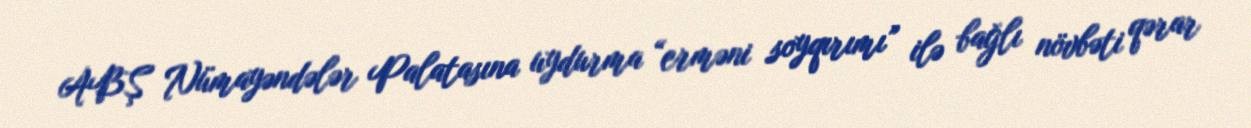
ABŞ Nümayəndələr Palatasına uydurma “erməni soyqırımı” ilə bağlı növbəti qərar